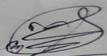
Signature authenticity: genuine